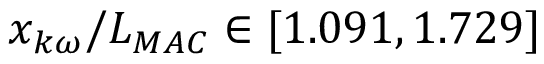
x _ { k \omega } / L _ { M A C } \in [ 1 . 0 9 1 , 1 . 7 2 9 ]